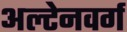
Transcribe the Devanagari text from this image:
अल्टेनवर्ग